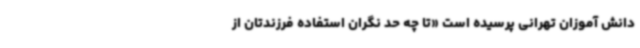
دانش آموزان تهرانی پرسیده است «تا چه حد نگران استفاده فرزندتان از